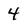
Character: 4